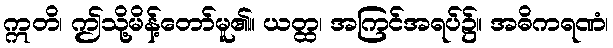
ဣတိ၊ ဤသို့မိန့်တော်မူ၏။ ယတ္ထ၊ အကြင်အရပ်၌။ အဓိကရဏံ၊